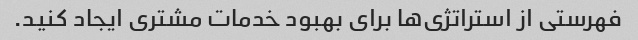
فهرستی از استراتژی‌ها برای بهبود خدمات مشتری ایجاد کنید.